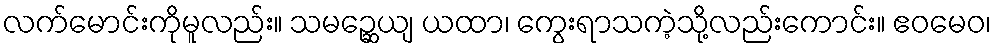
လက်မောင်းကိုမူလည်း။ သမဉ္ဆေယျ ယထာ၊ ကွေးရာသကဲ့သို့လည်းကောင်း။ ဧဝမေဝ၊